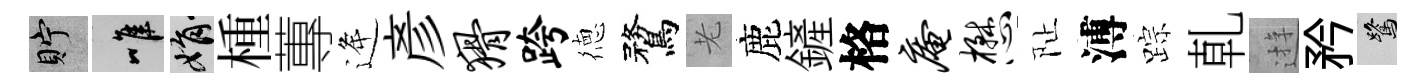
貯唯娟㮔蓴逄彥猾跨徳鶩老鹿鏟格庵懋阯溥踪乹逰矜鷺